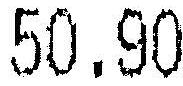
50.90